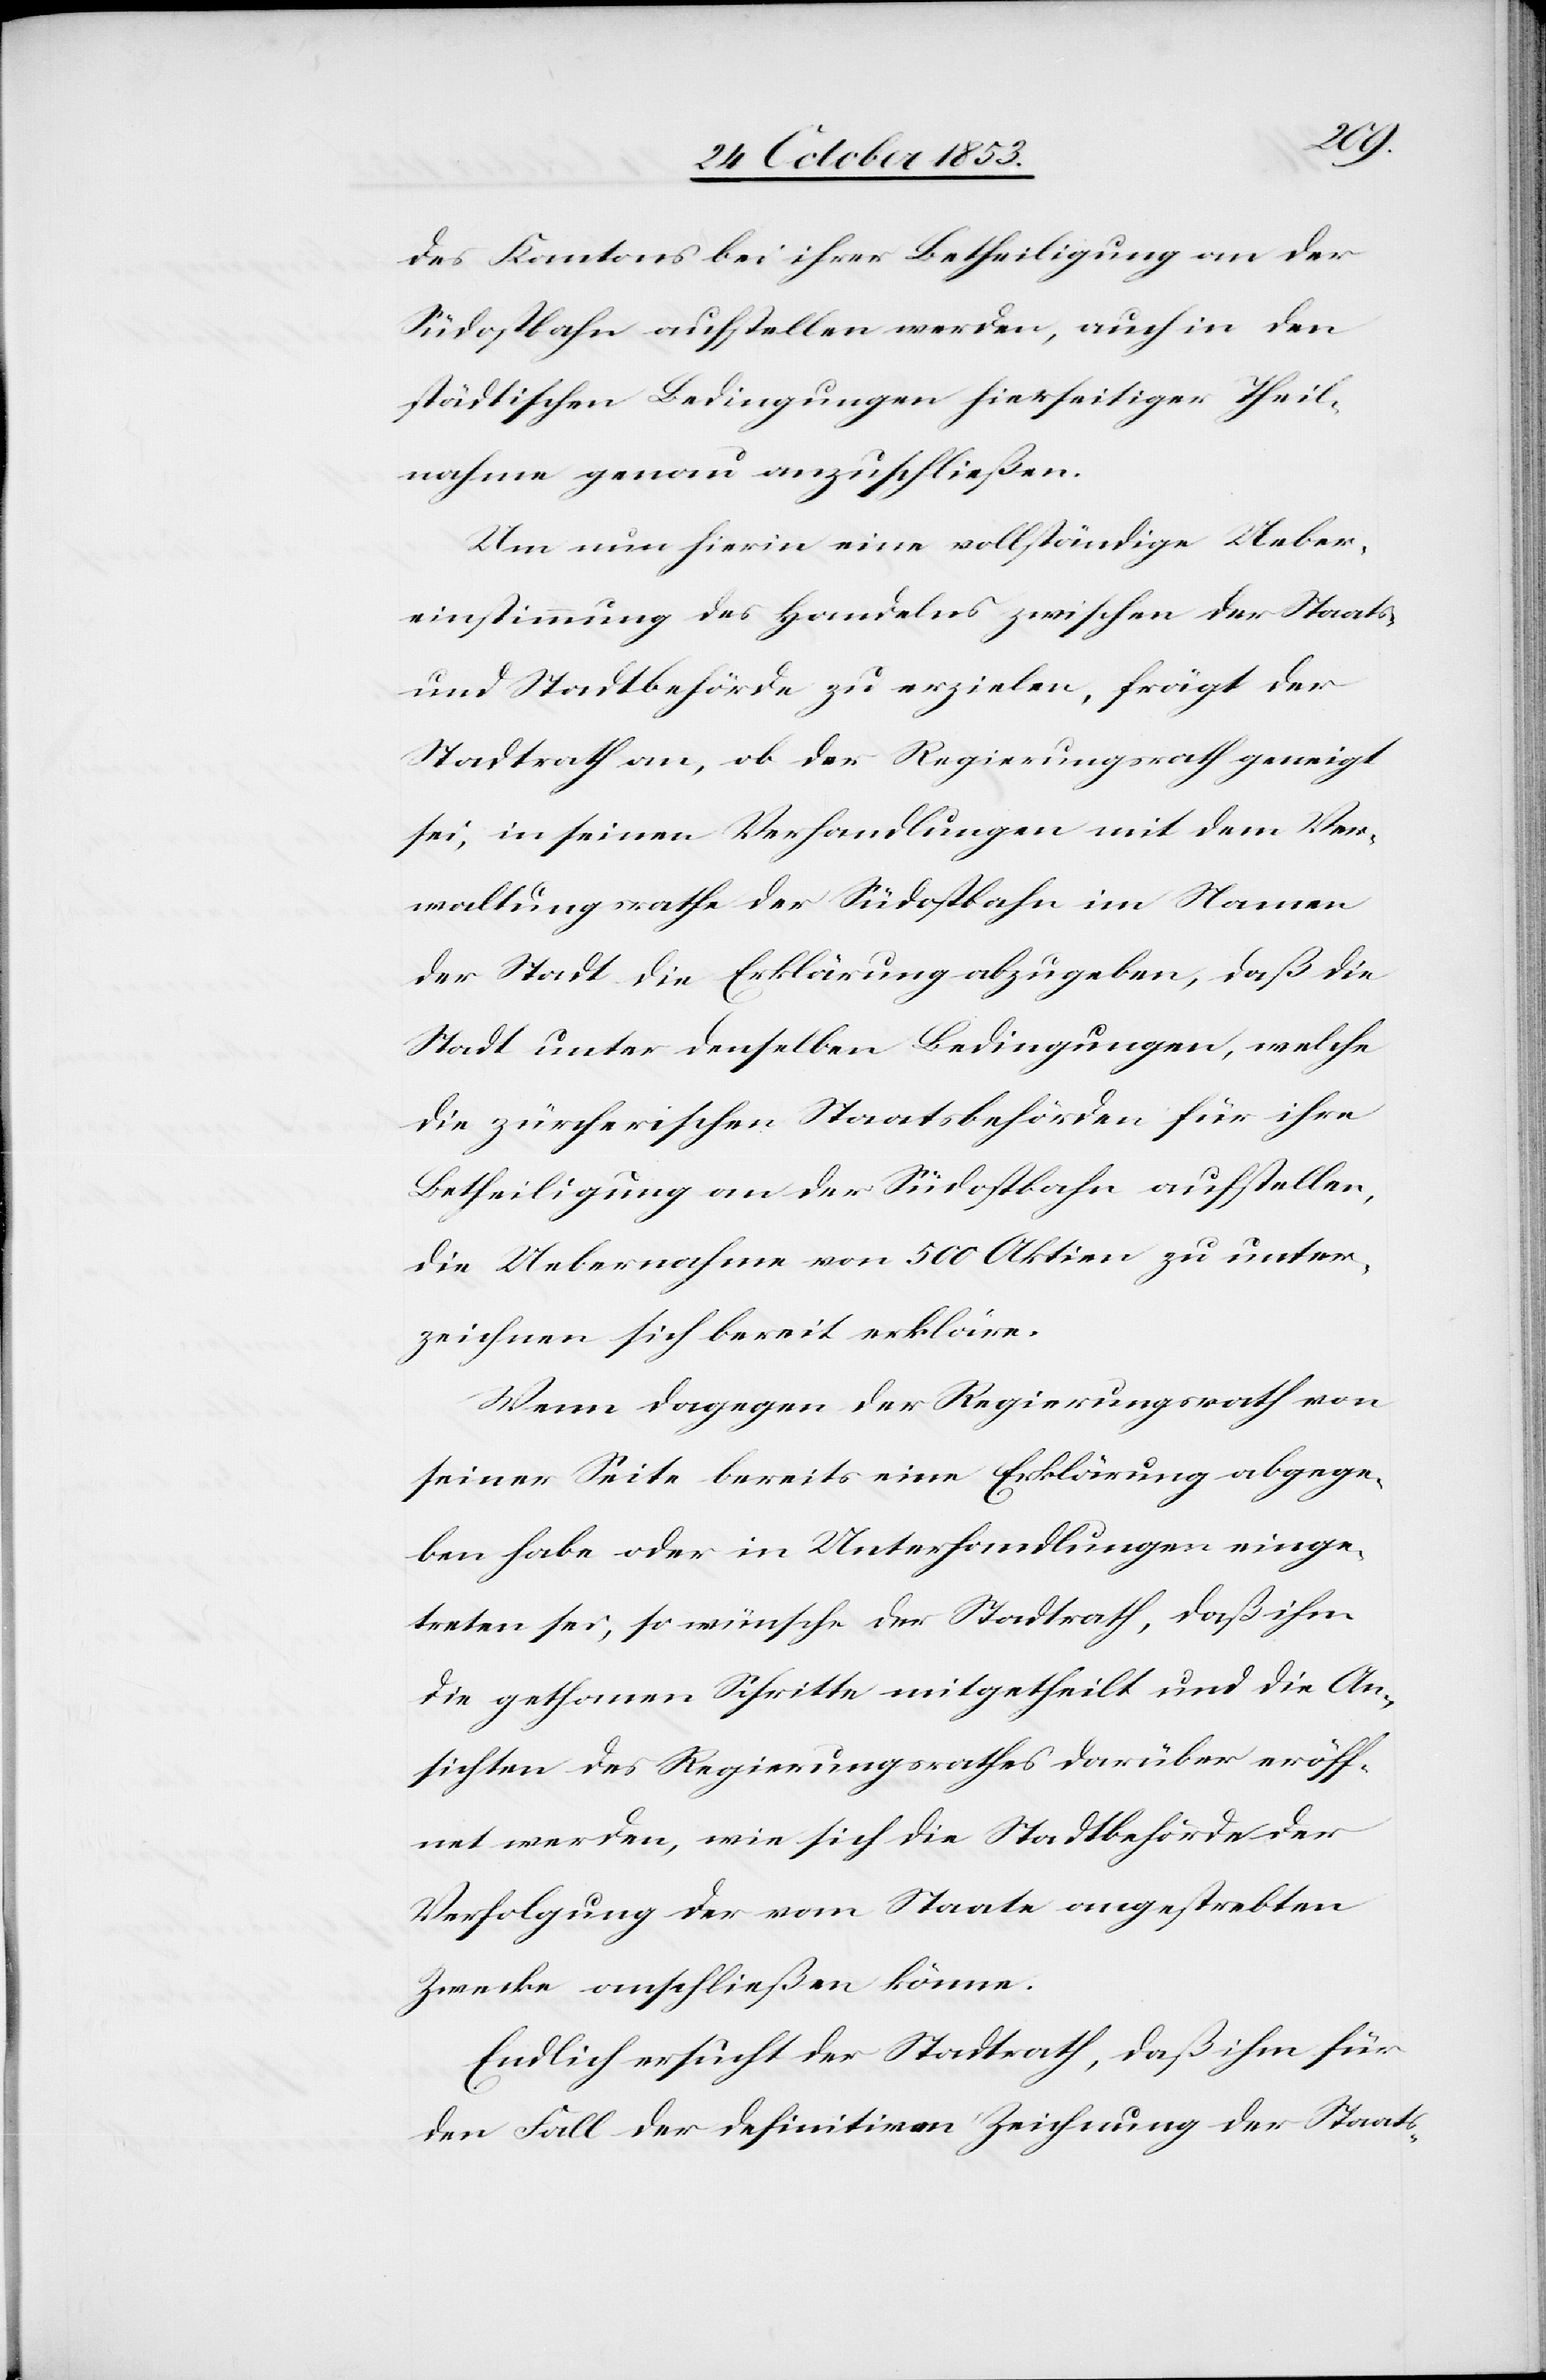
des Kantons bei ihrer Betheiligung an der
Südostbahn aufstellen werden, auch in den
städtischen Bedingungen hierseitiger Theil¬
nahme genau anzuschließen.
Um nun hierin eine vollständige Ueber¬
einstimmung des Handelns zwischen den Staats-
und Stadtbehörde zu erzielen, frägt der
Stadtrath an, ob der Regierungsrath geneigt
sei, in seinen Verhandlungen mit dem Ver¬
waltungsrathe der Südostbahn im Namen
der Stadt die Erklärung abzugeben, daß die
Stadt unter denselben Bedingungen, welche
die zürcherischen Staatsbehörden für ihre
Betheiligung an der Südostbahn aufstellen,
die Uebernahme von 500 Aktien zu unter¬
zeichnen sich bereit erkläre.
Wenn dagegen der Regierungsrath von
seiner Seite bereits eine Erklärung abgege¬
ben habe oder in Unterhandlungen einge¬
treten sei, so wünsche der Stadtrath, daß ihm
die gethanen Schritte mitgetheilt und die An¬
sichten des Regierungsrathes darüber eröff¬
net werden, wie sich die Stadtbehörde der
Verfolgung der vom Staate angestrebten
Zwecke anschließen könne.
Endlich ersucht der Stadtrath, daß ihm für
den Fall der definitiven Zusicherung der Staats-